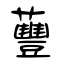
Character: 蘴